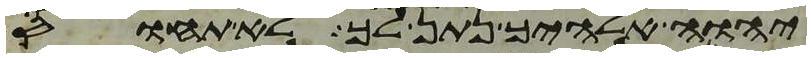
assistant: יהוה אלהיך נתן לך לא תחוס